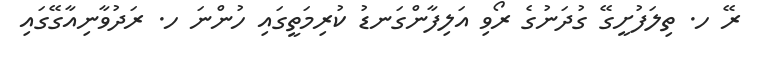
ރޭ ހ. ތިލަފުށީގޭ ގުދަނުގެ ރޯވި އަލިފާންގަނޑު ކުރިމަތީގައި ހުންނަ ހ. ރަދުވާނިއާގޭގައި